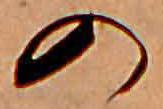
の